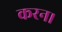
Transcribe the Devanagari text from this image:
करन।